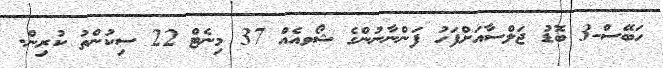
ހަބޭސް-3 ބޮޑު ޖަލްސާއަށްފަހު ފަންނާނުންގެ ޝޯވއެއް 37 މިނެޓް 22 ސިކުންތު ކުރިން.